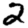
Digit: 2